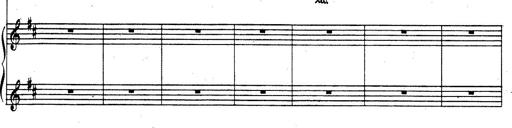
Title: Rhapsodie espagnole
Composer: Franz Liszt